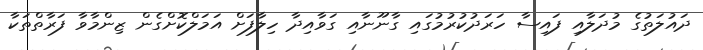
ދައުލަތުގެ މުދަލާއި ފައިސާ ހަރަދުކުރުމުގައި ގާނޫނާއި ގަވާއިދާ ހިލާފަށް އަމަލްކޮށްގެން ޒިންމާވާ ފަރާތްތަކާ